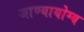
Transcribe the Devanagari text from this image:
जाण्यायोग्य